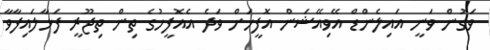
ވަގުން ވަނީ އައިލެންޑް އޭވިއޭޝަން އޮފީހަށް ވަދެ އެއޮފީހުގެ ތިން ތިޖޫރީ ފަޅާލައިފާވާ